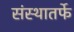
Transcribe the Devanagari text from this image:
संस्थातर्फे